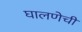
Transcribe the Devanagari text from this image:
घालणेची